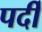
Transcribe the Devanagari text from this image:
पर्दी